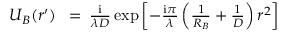
\begin{array} { r l r } { U _ { B } ( \boldsymbol r ^ { \prime } ) \! \! \! } & { { } = } & { \! \! \! { \frac { \mathrm { i } } { \lambda D } } \exp \left[ - { \frac { \mathrm { i } \pi } { \lambda } } \left( { \frac { 1 } { R _ { B } } } + { \frac { 1 } { D } } \right) r ^ { 2 } \right] } \end{array}